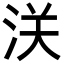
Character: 浂